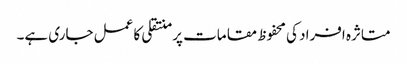
متاثرہ افراد کی محفوظ مقامات پر منتقلی کا عمل جاری ہے۔